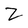
Character: Z